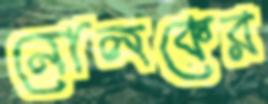
নোলকের